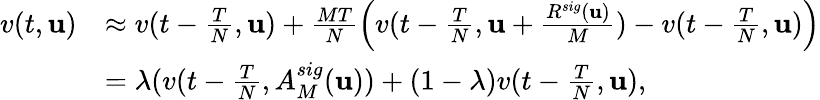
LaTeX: \begin{array}{rl}{v(t,\mathbf u)}&{\approx v(t-\frac TN,\mathbf u)+\frac{MT}N\Big(v(t-\frac TN,\mathbf u+\frac{R^{sig}(\mathbf u)}M)-v(t-\frac TN,\mathbf u)\Big)}\\ &{=\lambda(v(t-\frac TN,A_{M}^{sig}(\mathbf u))+(1-\lambda)v(t-\frac TN,\mathbf u),}\end{array}